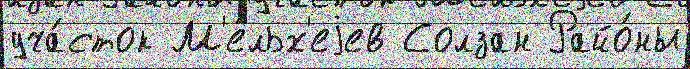
уча́сток М'ельх'еjев Солзан Райо́ны